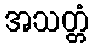
အသတ္တံ